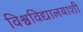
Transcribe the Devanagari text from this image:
विश्वविद्यालयाशी